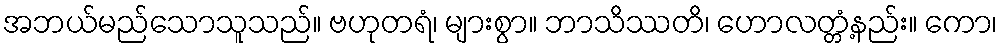
အဘယ်မည်သောသူသည်။ ဗဟုတရံ၊ များစွာ။ ဘာသိဿတိ၊ ဟောလတ္တံ့နည်း။ ကော၊